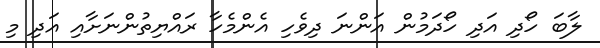
ލާބަ ހޯދި އަދި ހޯދަމުން އަންނަ ދިވެހި އެންމެހާ ރައްޔިތުންނަށާއި އަދި މި